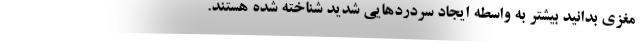
مغزی بدانید بیشتر به واسطه ایجاد سردردهایی شدید شناخته شده هستند.